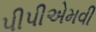
પીપીએમવી